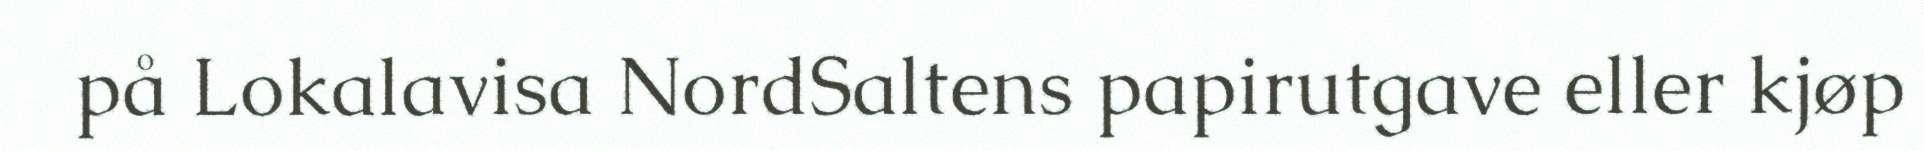
på Lokalavisa NordSaltens papirutgave eller kjøp